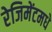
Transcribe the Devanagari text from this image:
रेजिमेंटमधे